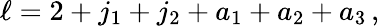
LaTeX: \ell=2+j_{1}+j_{2}+a_{1}+a_{2}+a_{3}\, ,